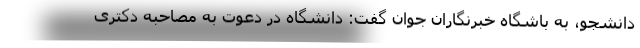
دانشجو، به باشگاه خبرنگاران جوان گفت: دانشگاه در دعوت به مصاحبه دکتری